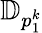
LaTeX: \mathbb{D}_{p_{1}^{k}}